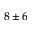
8 \pm 6